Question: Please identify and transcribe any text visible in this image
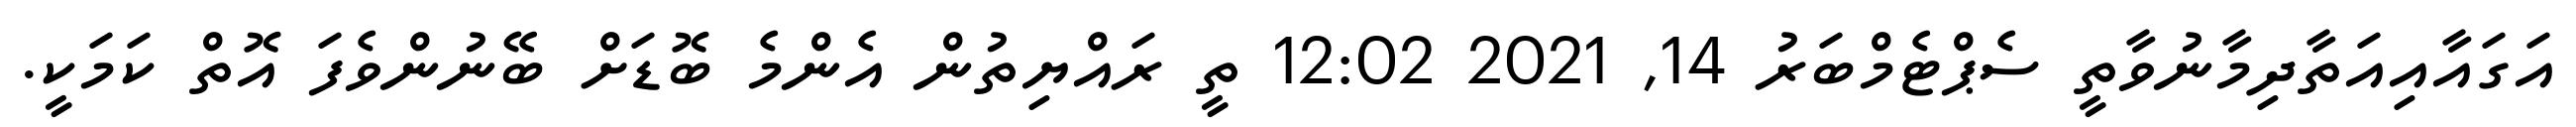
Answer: އަގައާއިއަތާދިމާނުވާތީ ސެޕްޓެމްބަރު 14, 2021 12:02 ތީ ރައްޔިތުން އެންމެ ބޮޑަށް ބޭނުންވެފަ އޮތް ކަމަކީ.